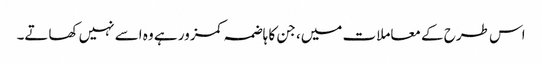
اس طرح کے معاملات میں، جن کا ہاضمہ کمزور ہے وہ اسے نہیں کھاتے۔